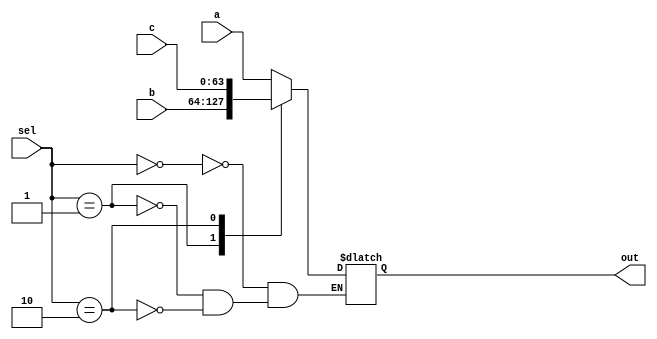

module ThreebyOneMux
  (
    input[63:0] a,
    input[63:0] b,
    input[63:0] c,
    input [1:0] sel,
    output reg [63:0] out
  );
  always @(*)
    begin
      case(sel[1:0])
        2'b00: out = a;
        2'b01: out = b;
        2'b10: out = c;
      endcase
    end
endmodule